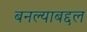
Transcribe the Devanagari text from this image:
बनल्याबद्दल